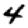
Digit: 4